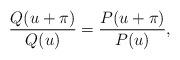
LaTeX: \begin{align*}\frac{Q(u+\pi)}{Q(u)}=\frac{P(u+\pi)}{P(u)},\end{align*}